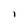
Character: i